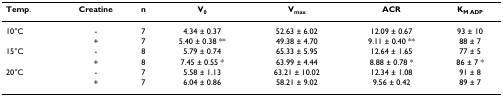
<table><thead><tr><td><b>Temp.</b></td><td><b>Creatine</b></td><td><b>n</b></td><td><b>V<sub>0</sub></b></td><td><b>V<sub>max</sub></b></td><td><b>ACR</b></td><td><b>K<sub>M ADP</sub></b></td></tr></thead><tbody><tr><td>10°C</td><td>-</td><td>7</td><td>4.34 ± 0.37</td><td>52.63 ± 6.02</td><td>12.09 ± 0.67</td><td>93 ± 10</td></tr><tr><td></td><td>+</td><td>7</td><td>5.40 ± 0.38 **</td><td>49.38 ± 4.70</td><td>9.11 ± 0.40 **</td><td>88 ± 7</td></tr><tr><td>15°C</td><td>-</td><td>8</td><td>5.79 ± 0.74</td><td>65.33 ± 5.95</td><td>12.64 ± 1.65</td><td>77 ± 5</td></tr><tr><td></td><td>+</td><td>8</td><td>7.45 ± 0.55 *</td><td>63.99 ± 4.44</td><td>8.88 ± 0.78 *</td><td>86 ± 7 *</td></tr><tr><td>20°C</td><td>-</td><td>7</td><td>5.58 ± 1.13</td><td>63.21 ± 10.02</td><td>12.34 ± 1.08</td><td>91 ± 8</td></tr><tr><td></td><td>+</td><td>7</td><td>6.04 ± 0.86</td><td>58.21 ± 9.02</td><td>9.56 ± 0.42</td><td>89 ± 7</td></tr></tbody></table>